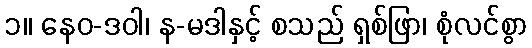
၁။ နေဝ-ဒဝါ၊ န-မဒါနှင့် စသည် ရှစ်ဖြာ၊ စုံလင်စွာ